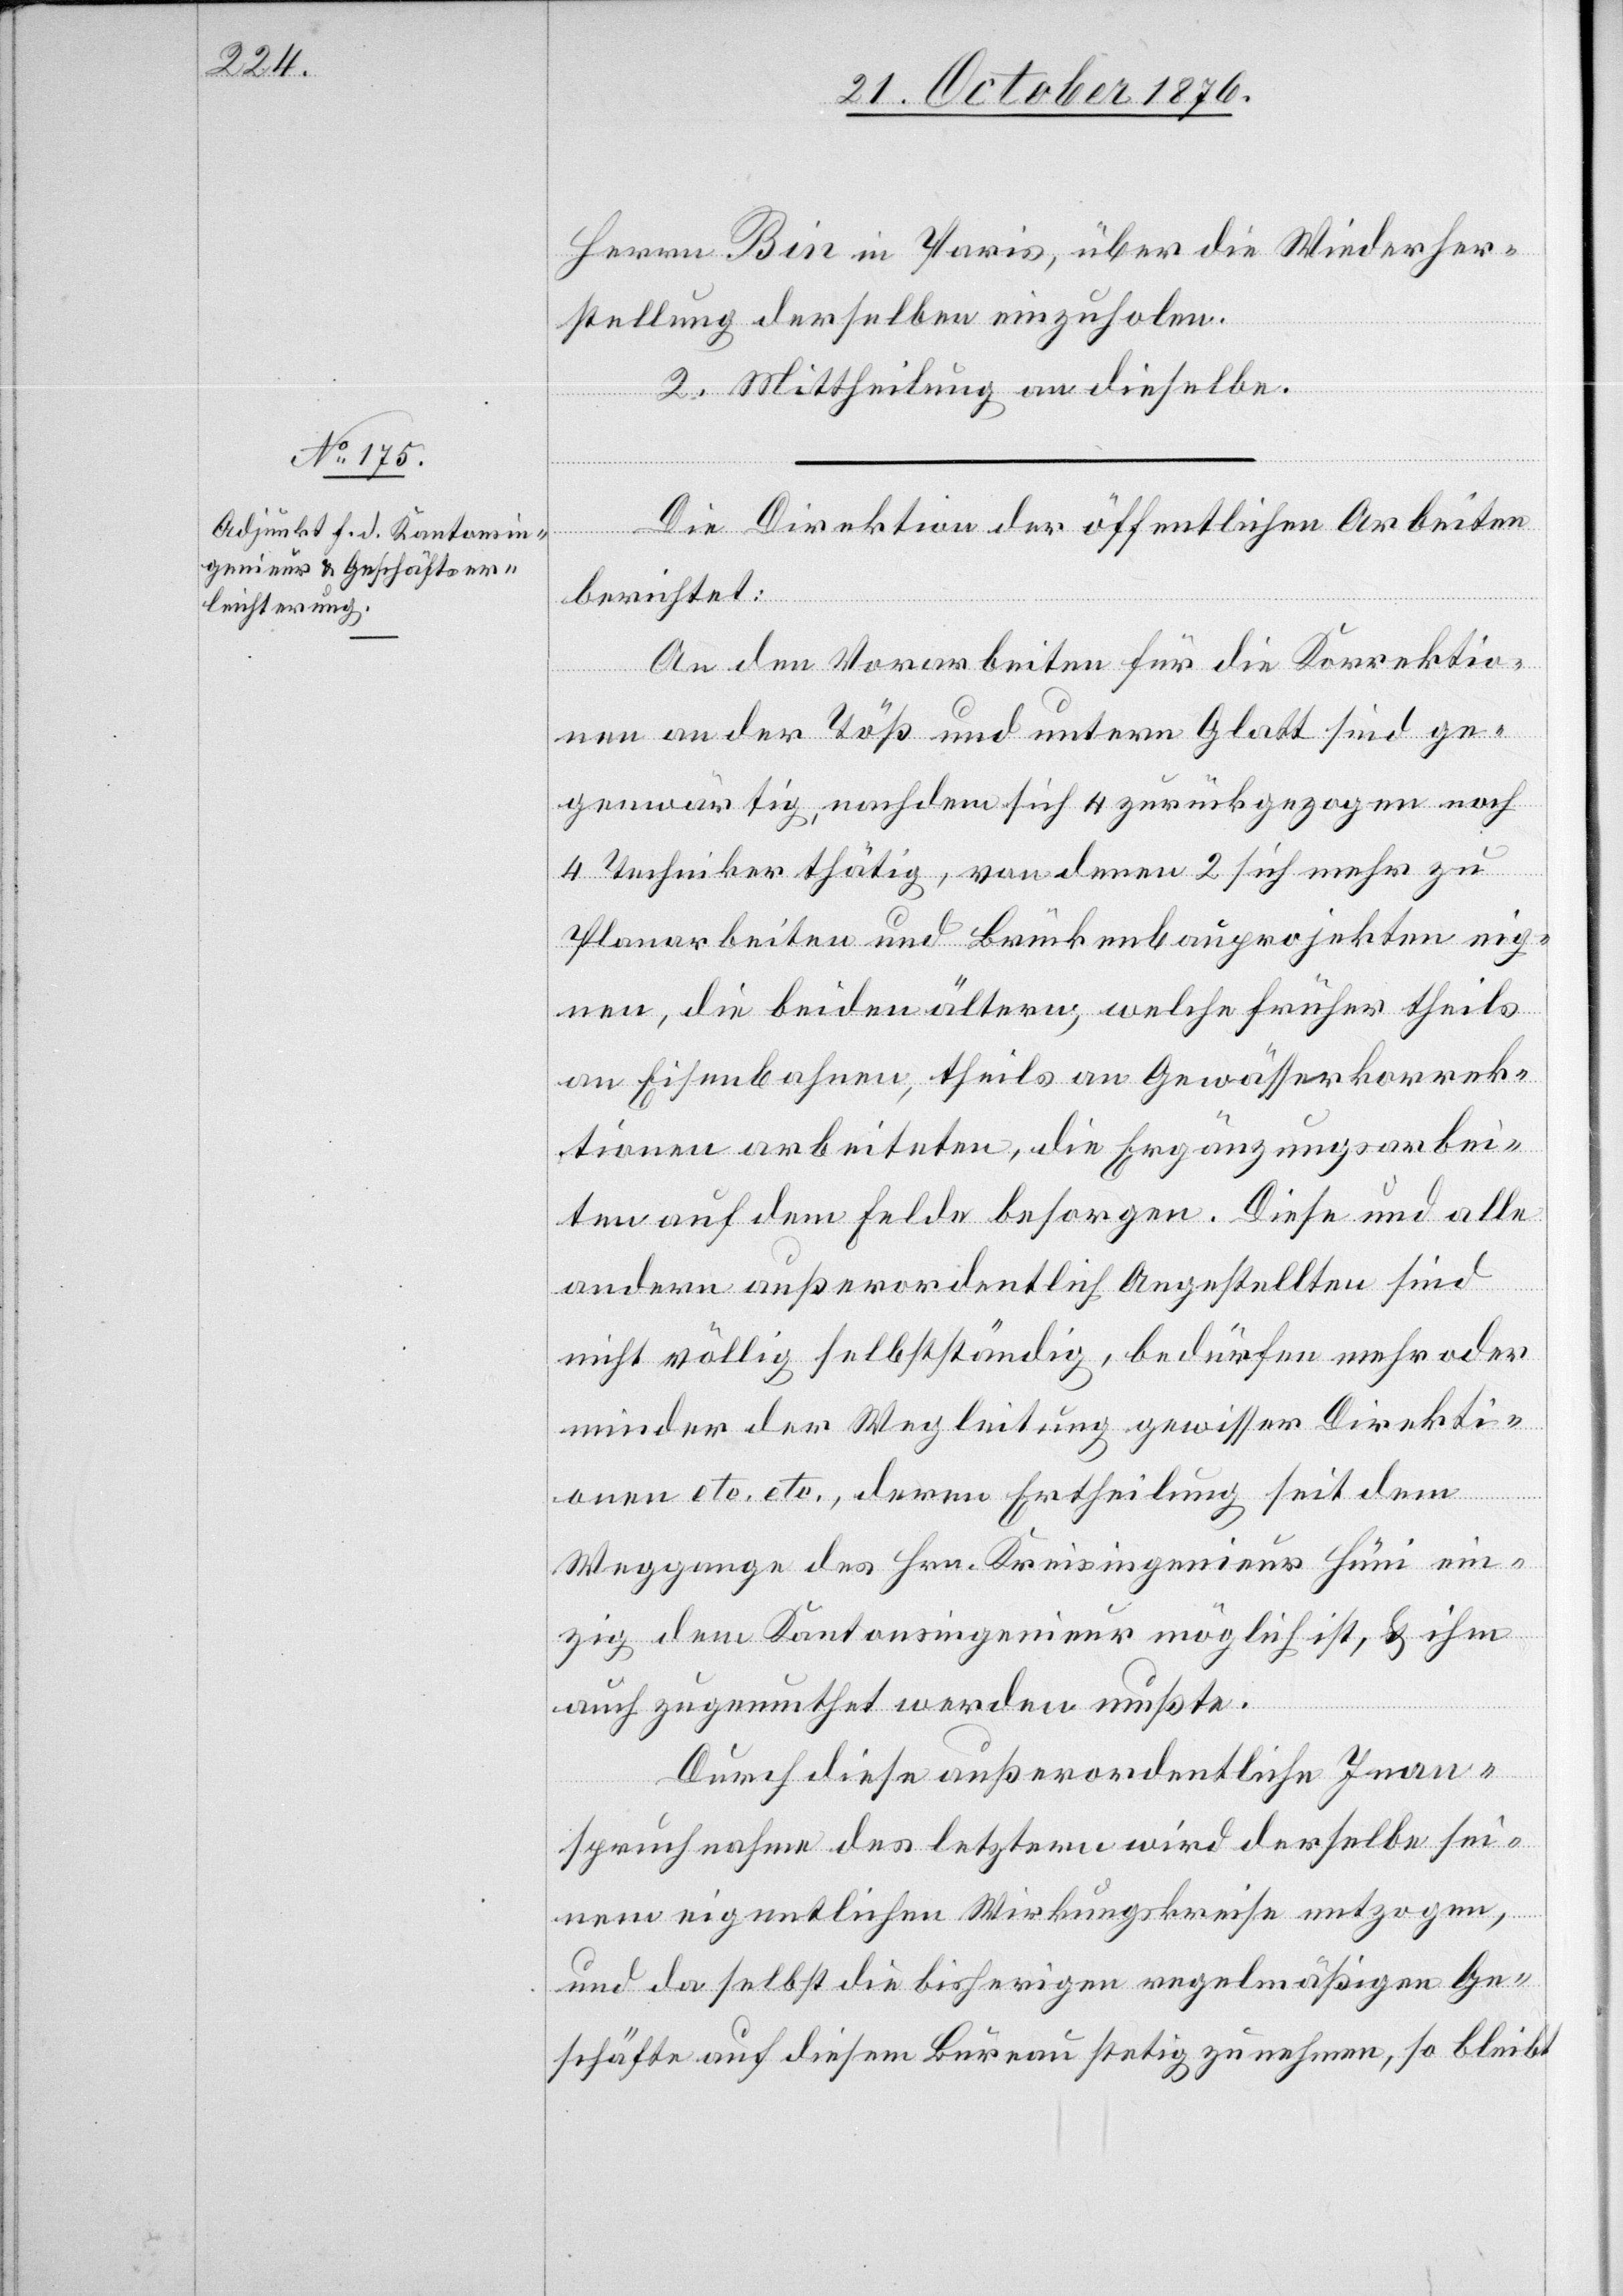
Herrn Bin in Paris, über die Wiederher¬
stellung derselben einzuholen.
2. Mittheilung an dieselbe.
Die Direktion der öffentlichen Arbeiten
berichtet:
An den Vorarbeiten für die Korrektio¬
nen an der Töß und untern Glatt sind ge¬
genwärtig, nachdem sich 4 zurückgezogen noch
4 Techniker thätig, von denen 2 sich mehr zu
Planarbeiten und Brückenbauprojekten eig¬
nen, die beiden ältern, welche früher theils
an Eisenbahnen, theils an Gewässerkorrek¬
tionen arbeiten, die Ergänzungsarbei¬
ten auf dem Felde besorgen. Diese und alle
andern außerordentlich Angestellten sind
nicht völlig selbstständig, bedürfen mehr oder
minder der Wegleitung gewisser Direkti¬
onen etc. etc., deren Ertheilung seit dem
Weggange des Hrn. Kreisingenieur Hüni ein¬
zig dem Kantonsingenieur möglich ist, & ihm
auch zugemuthet werden mußte.
Durch diese außerordentliche Inan¬
spruchnahme des letztern wird derselbe sei¬
nem eigentlichen Wirkungskreise entzogen,
und da selbst die bisherigen regelmäßigen Ge¬
schäfte auf diesem Bureau stetig zunehmen, so bleibt